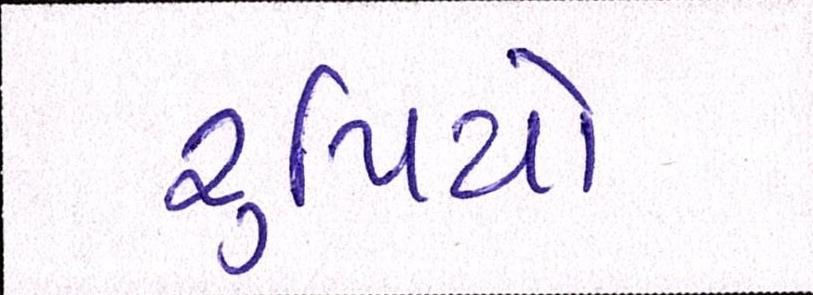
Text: રૃપિયો